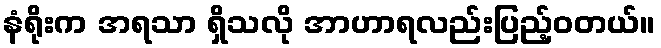
နံရိုးက အရသာ ရှိသလို အာဟာရလည်းပြည့်ဝတယ်။